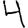
Digit: 4